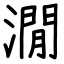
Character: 㵎